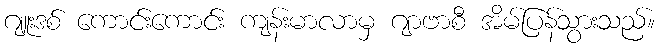
ဂျူးဒစ် ကောင်းကောင်း ကျန်းမာလာမှ ဂျာဗာစီ အိမ်ပြန်သွားသည်။